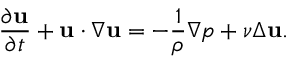
\frac { \partial \mathbf { u } } { \partial t } + \mathbf { u } \cdot \nabla \mathbf { u } = - \frac { 1 } { \rho } \nabla p + \nu \Delta \mathbf { u } .